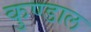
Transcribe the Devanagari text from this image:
कुण्डाल